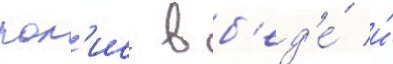
пол'ис в б'ед'е́ и́